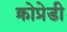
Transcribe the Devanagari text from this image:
क्रोप्रेडी